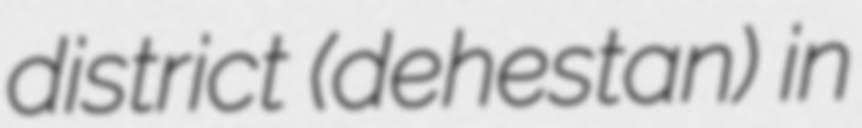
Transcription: district (dehestan) in